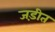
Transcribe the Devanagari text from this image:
जड़ीत